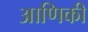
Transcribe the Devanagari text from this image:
आणिकी